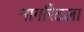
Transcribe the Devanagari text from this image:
मार्गारेटला